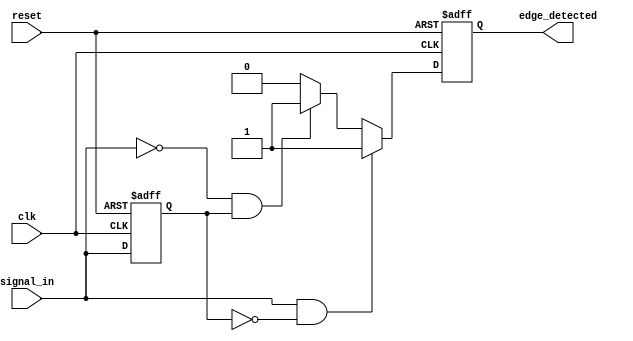
module edge_detector (
    input wire clk,                // Clock signal
    input wire reset,              // Reset signal
    input wire signal_in,          // Input signal
    output reg edge_detected       // Output signal indicating edge detection
);

    // Memory block to store the previous state of the input signal
    reg previous_state;

    // Always block to handle edge detection logic
    always @(posedge clk or posedge reset) begin
        if (reset) begin
            // Initialize previous state on reset
            previous_state <= 1'b0;
            edge_detected <= 1'b0; // Ensure output is low on reset
        end else begin
            // Edge detection logic
            if (signal_in && !previous_state) begin
                // Rising edge detected
                edge_detected <= 1'b1;
            end else if (!signal_in && previous_state) begin
                // Falling edge detected
                edge_detected <= 1'b1;
            end else begin
                // No edge detected
                edge_detected <= 1'b0;
            end
            
            // Update previous state for the next cycle
            previous_state <= signal_in;
        end
    end

endmodule